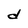
Character: d